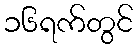
၁၆ရက်တွင်